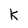
Character: K